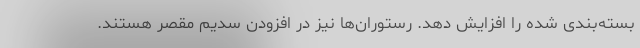
بسته‌بندی شده را افزایش دهد. رستوران‌ها نیز در افزودن سدیم مقصر هستند.